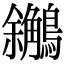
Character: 𪇝